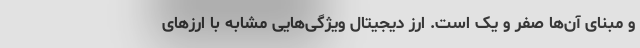
و مبنای آن‌ها صفر و یک است. ارز دیجیتال ویژگی‌هایی مشابه با ارزهای